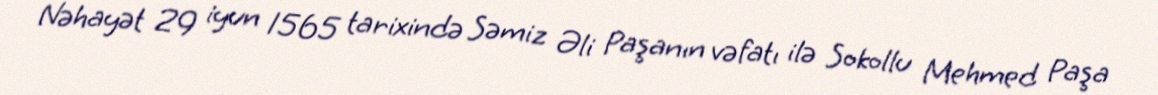
Nəhayət 29 iyun 1565 tarixində Səmiz Əli Paşanın vəfatı ilə Sokollu Mehmed Paşa